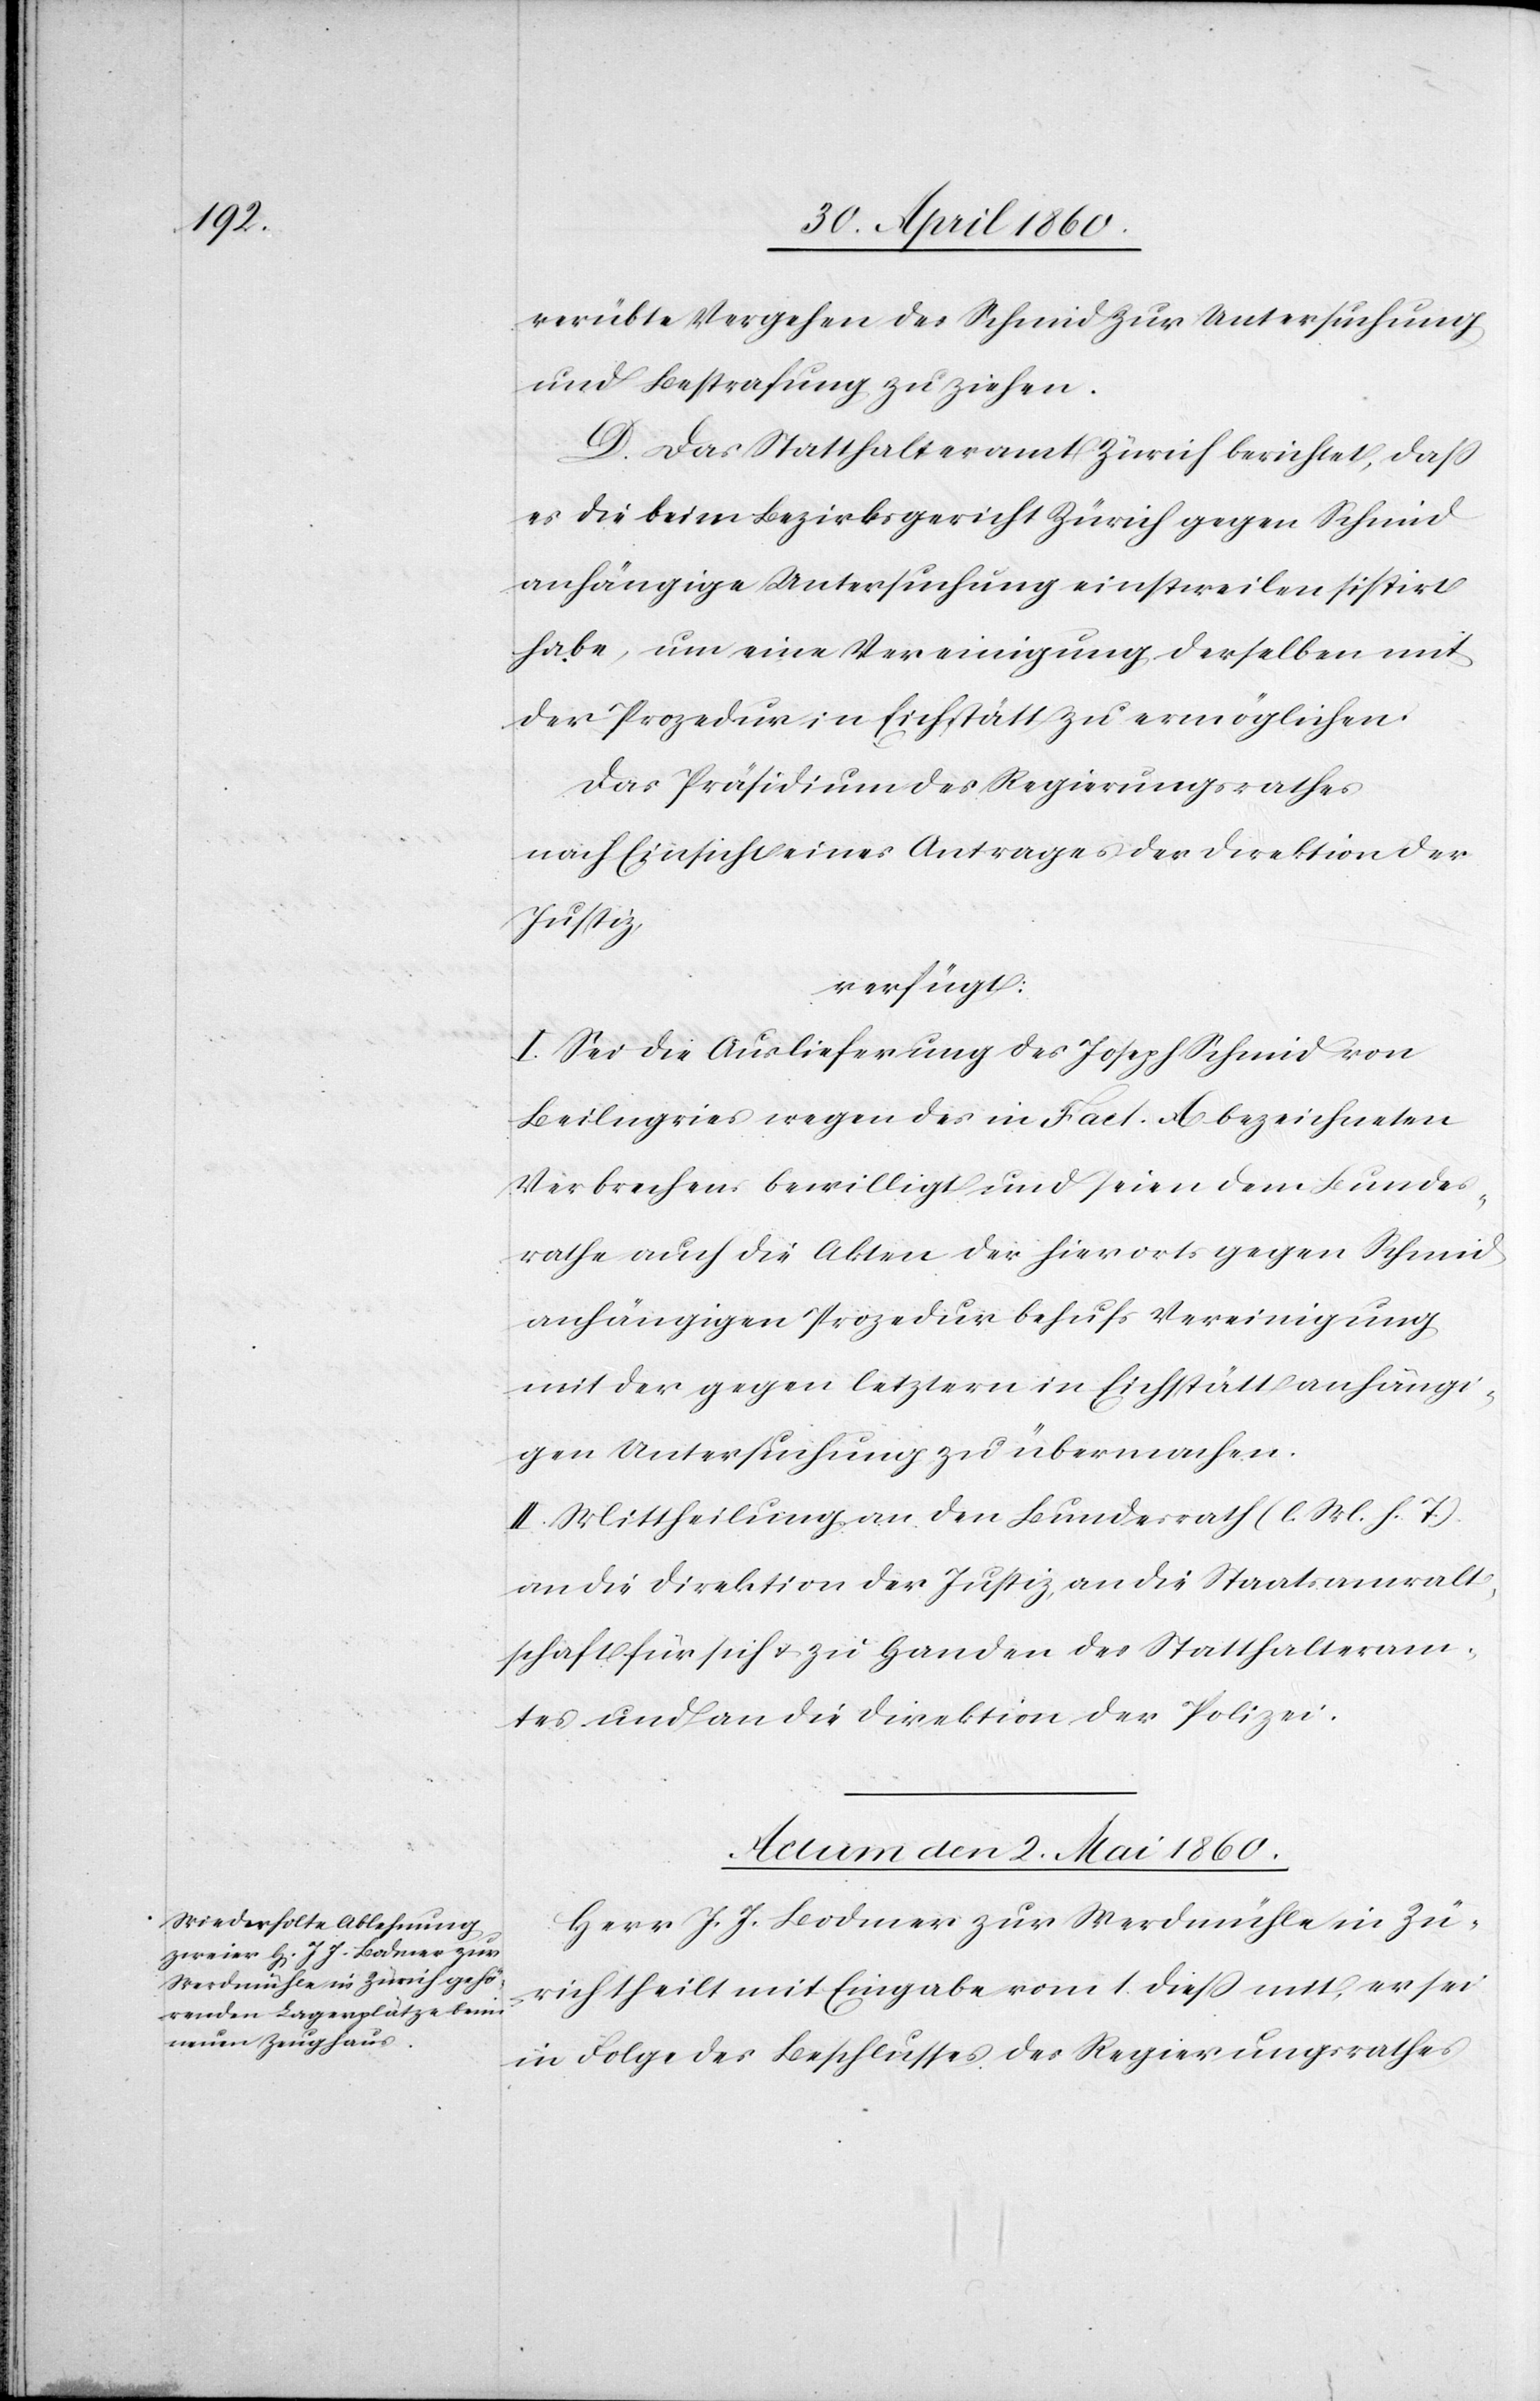
verübte Vergehen des Schmid zur Untersuchung
und Bestrafung zu ziehen.
D. Das Statthalteramt Zürich berichtet, dass
es die beim Bezirksgericht Zürich gegen Schmid
anhängige Untersuchung einstweilen sistirt
habe, um eine Vereinigung derselben mit
der Prozedur in Eichstätt zu ermöglichen.
Das Präsidium des Regierungsrathes
nach Einsicht eines Antrages der Direktion der
Justiz,
verfügt:
I. Sei die Auslieferung des Joseph Schmid von
Beilngries wegen des in Fact. A. bezeichneten
Verbrechens bewilligt und seien dem Bezirks¬
rathe auch die Akten der hierorts gegen Schmid
anhängigen Prozedur behufs Vereinigung
mit der gegen letztern in Eichstätt anhängi¬
gen Untersuchung zu übermachen.
II. Mittheilung an den Bundesrath (l. M. h. T.)
an die Direktion der Justiz, an die Staatsanwalt¬
schaft für sich u. zu Handen des Statthalteram¬
tes und an die Direktion der Polizei.
Actum den 2. Mai 1860.
Herr J. J. Bodmer zur Werdmühle in Zü¬
rich theilt mit Eingabe vom 1. diess mit, er sei
in Folge des Beschlusses des Regierungsrathes